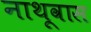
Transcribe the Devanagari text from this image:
नाथूवास